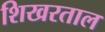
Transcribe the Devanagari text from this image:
शिखरताल